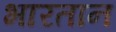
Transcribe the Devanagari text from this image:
भारतान